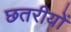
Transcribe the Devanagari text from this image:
छतरीयों